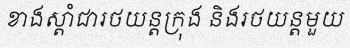
ខាងស្តាំជារថយន្តក្រុង និងរថយន្តមួយ